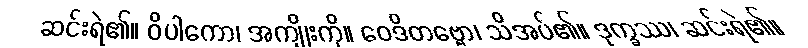
ဆင်းရဲ၏။ ဝိပါကော၊ အကျိုးကို။ ဝေဒိတဗ္ဗော၊ သိအပ်၏။ ဒုက္ခဿ၊ ဆင်းရဲ၏။